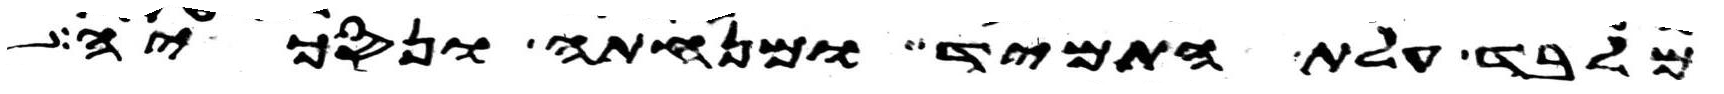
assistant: מלבד עלת התמיד ומנחתה ונסכיה